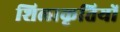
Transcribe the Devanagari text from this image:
शिलाकृतियों